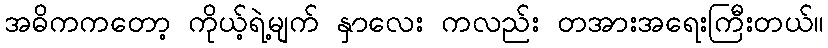
အဓိကကတော့ ကိုယ့်ရဲ့မျက် နှာလေး ကလည်း တအားအရေးကြီးတယ်။